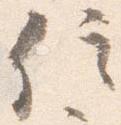
信